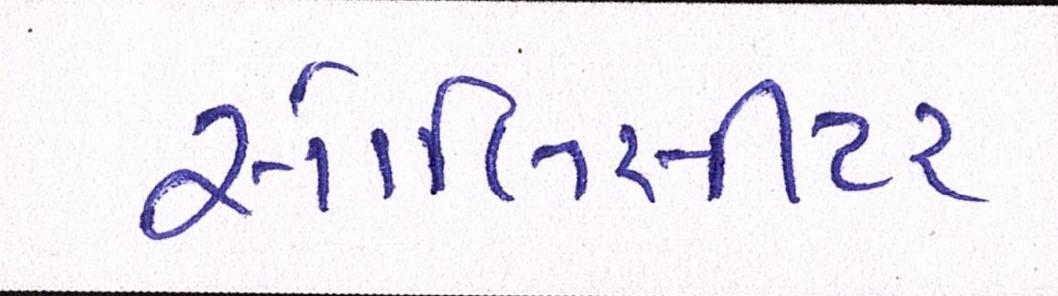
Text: સોલિસીટર